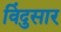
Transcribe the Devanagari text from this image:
विंदुसार